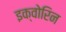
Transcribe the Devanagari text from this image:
इक्वोरिन